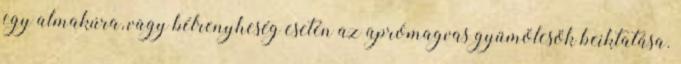
egy almakúra, vagy bélrenyheség esetén az aprómagvas gyümölcsök beiktatása.